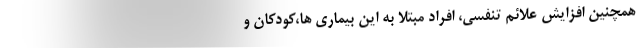
همچنین افزایش علائم تنفسی، افراد مبتلا به این بیماری ها،کودکان و